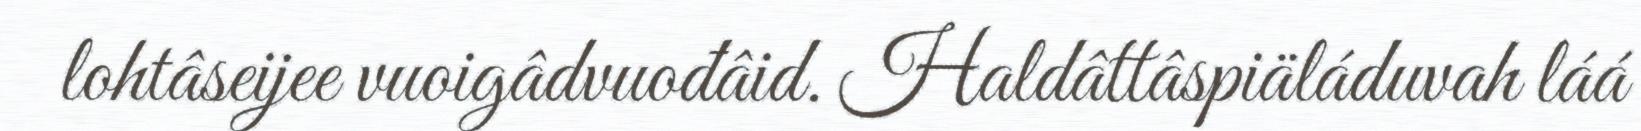
lohtâseijee vuoigâdvuođâid. Haldâttâspiäláduvah láá